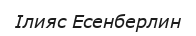
Ілияс Есенберлин